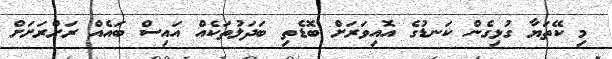
މި ކޭތަޔާ ގުޅިގެން ކަނޑުގެ އޮއިވަރަށް ބޮޑެތި ބަދަލުތަކެއް އައިސް ބައެއް ރަށްރަށަށް